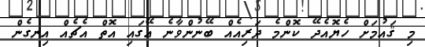
މި ޤައުމަށް ހެޔޮއެދޭ ކޮންމެ ދަރިއެއް ބޭނުންވާނެ އޭގައި އޮތް އެޗެއް އިނގެން